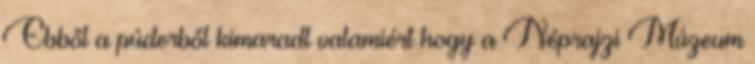
Ebből a púderből kimaradt valamiért hogy a Néprajzi Múzeum